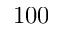
1 0 0